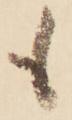
も